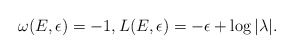
\begin{align*}\omega(E,\epsilon)=-1, L(E,\epsilon) = -\epsilon+ \log |\lambda|.\end{align*}